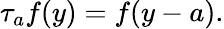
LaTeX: \tau_{a}f(y)=f(y-a).